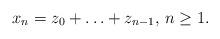
LaTeX: \begin{align*}x_n = z_0 + \ldots + z_{n-1},\, n \ge 1.\end{align*}